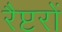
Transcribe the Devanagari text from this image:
रैप्टरों